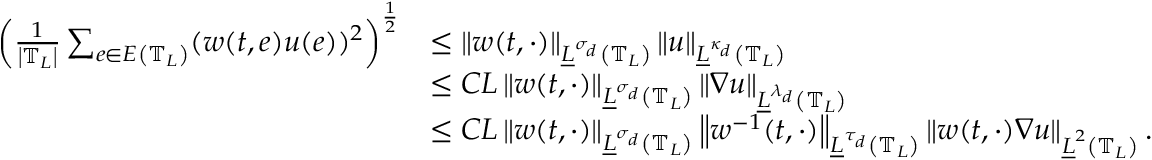
\begin{array} { r l } { \left( \frac { 1 } { \left| \mathbb { T } _ { L } \right| } \sum _ { e \in E \left( \mathbb { T } _ { L } \right) } ( w ( t , e ) u ( e ) ) ^ { 2 } \right) ^ { \frac 1 2 } } & { \leq \left\| w ( t , \cdot ) \right\| _ { \underline { { L } } ^ { \sigma _ { d } } \left( \mathbb { T } _ { L } \right) } \left\| u \right\| _ { \underline { { L } } ^ { \kappa _ { d } } \left( \mathbb { T } _ { L } \right) } } \\ & { \leq C L \left\| w ( t , \cdot ) \right\| _ { \underline { { L } } ^ { \sigma _ { d } } \left( \mathbb { T } _ { L } \right) } \left\| \nabla u \right\| _ { \underline { { L } } ^ { \lambda _ { d } } \left( \mathbb { T } _ { L } \right) } } \\ & { \leq C L \left\| w ( t , \cdot ) \right\| _ { \underline { { L } } ^ { \sigma _ { d } } \left( \mathbb { T } _ { L } \right) } \left\| w ^ { - 1 } ( t , \cdot ) \right\| _ { \underline { { L } } ^ { \tau _ { d } } \left( \mathbb { T } _ { L } \right) } \left\| w ( t , \cdot ) \nabla u \right\| _ { \underline { { L } } ^ { 2 } \left( \mathbb { T } _ { L } \right) } . } \end{array}